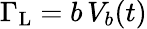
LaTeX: \Gamma_{\mathrm{L}}=b\, V_{b}(t)